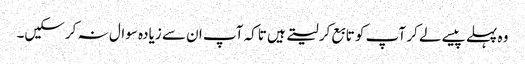
وہ پہلے پیسے لے کر آپ کو تابع کر لیتے ہیں تاکہ آپ ان سے زیادہ سوال نہ کرسکیں۔